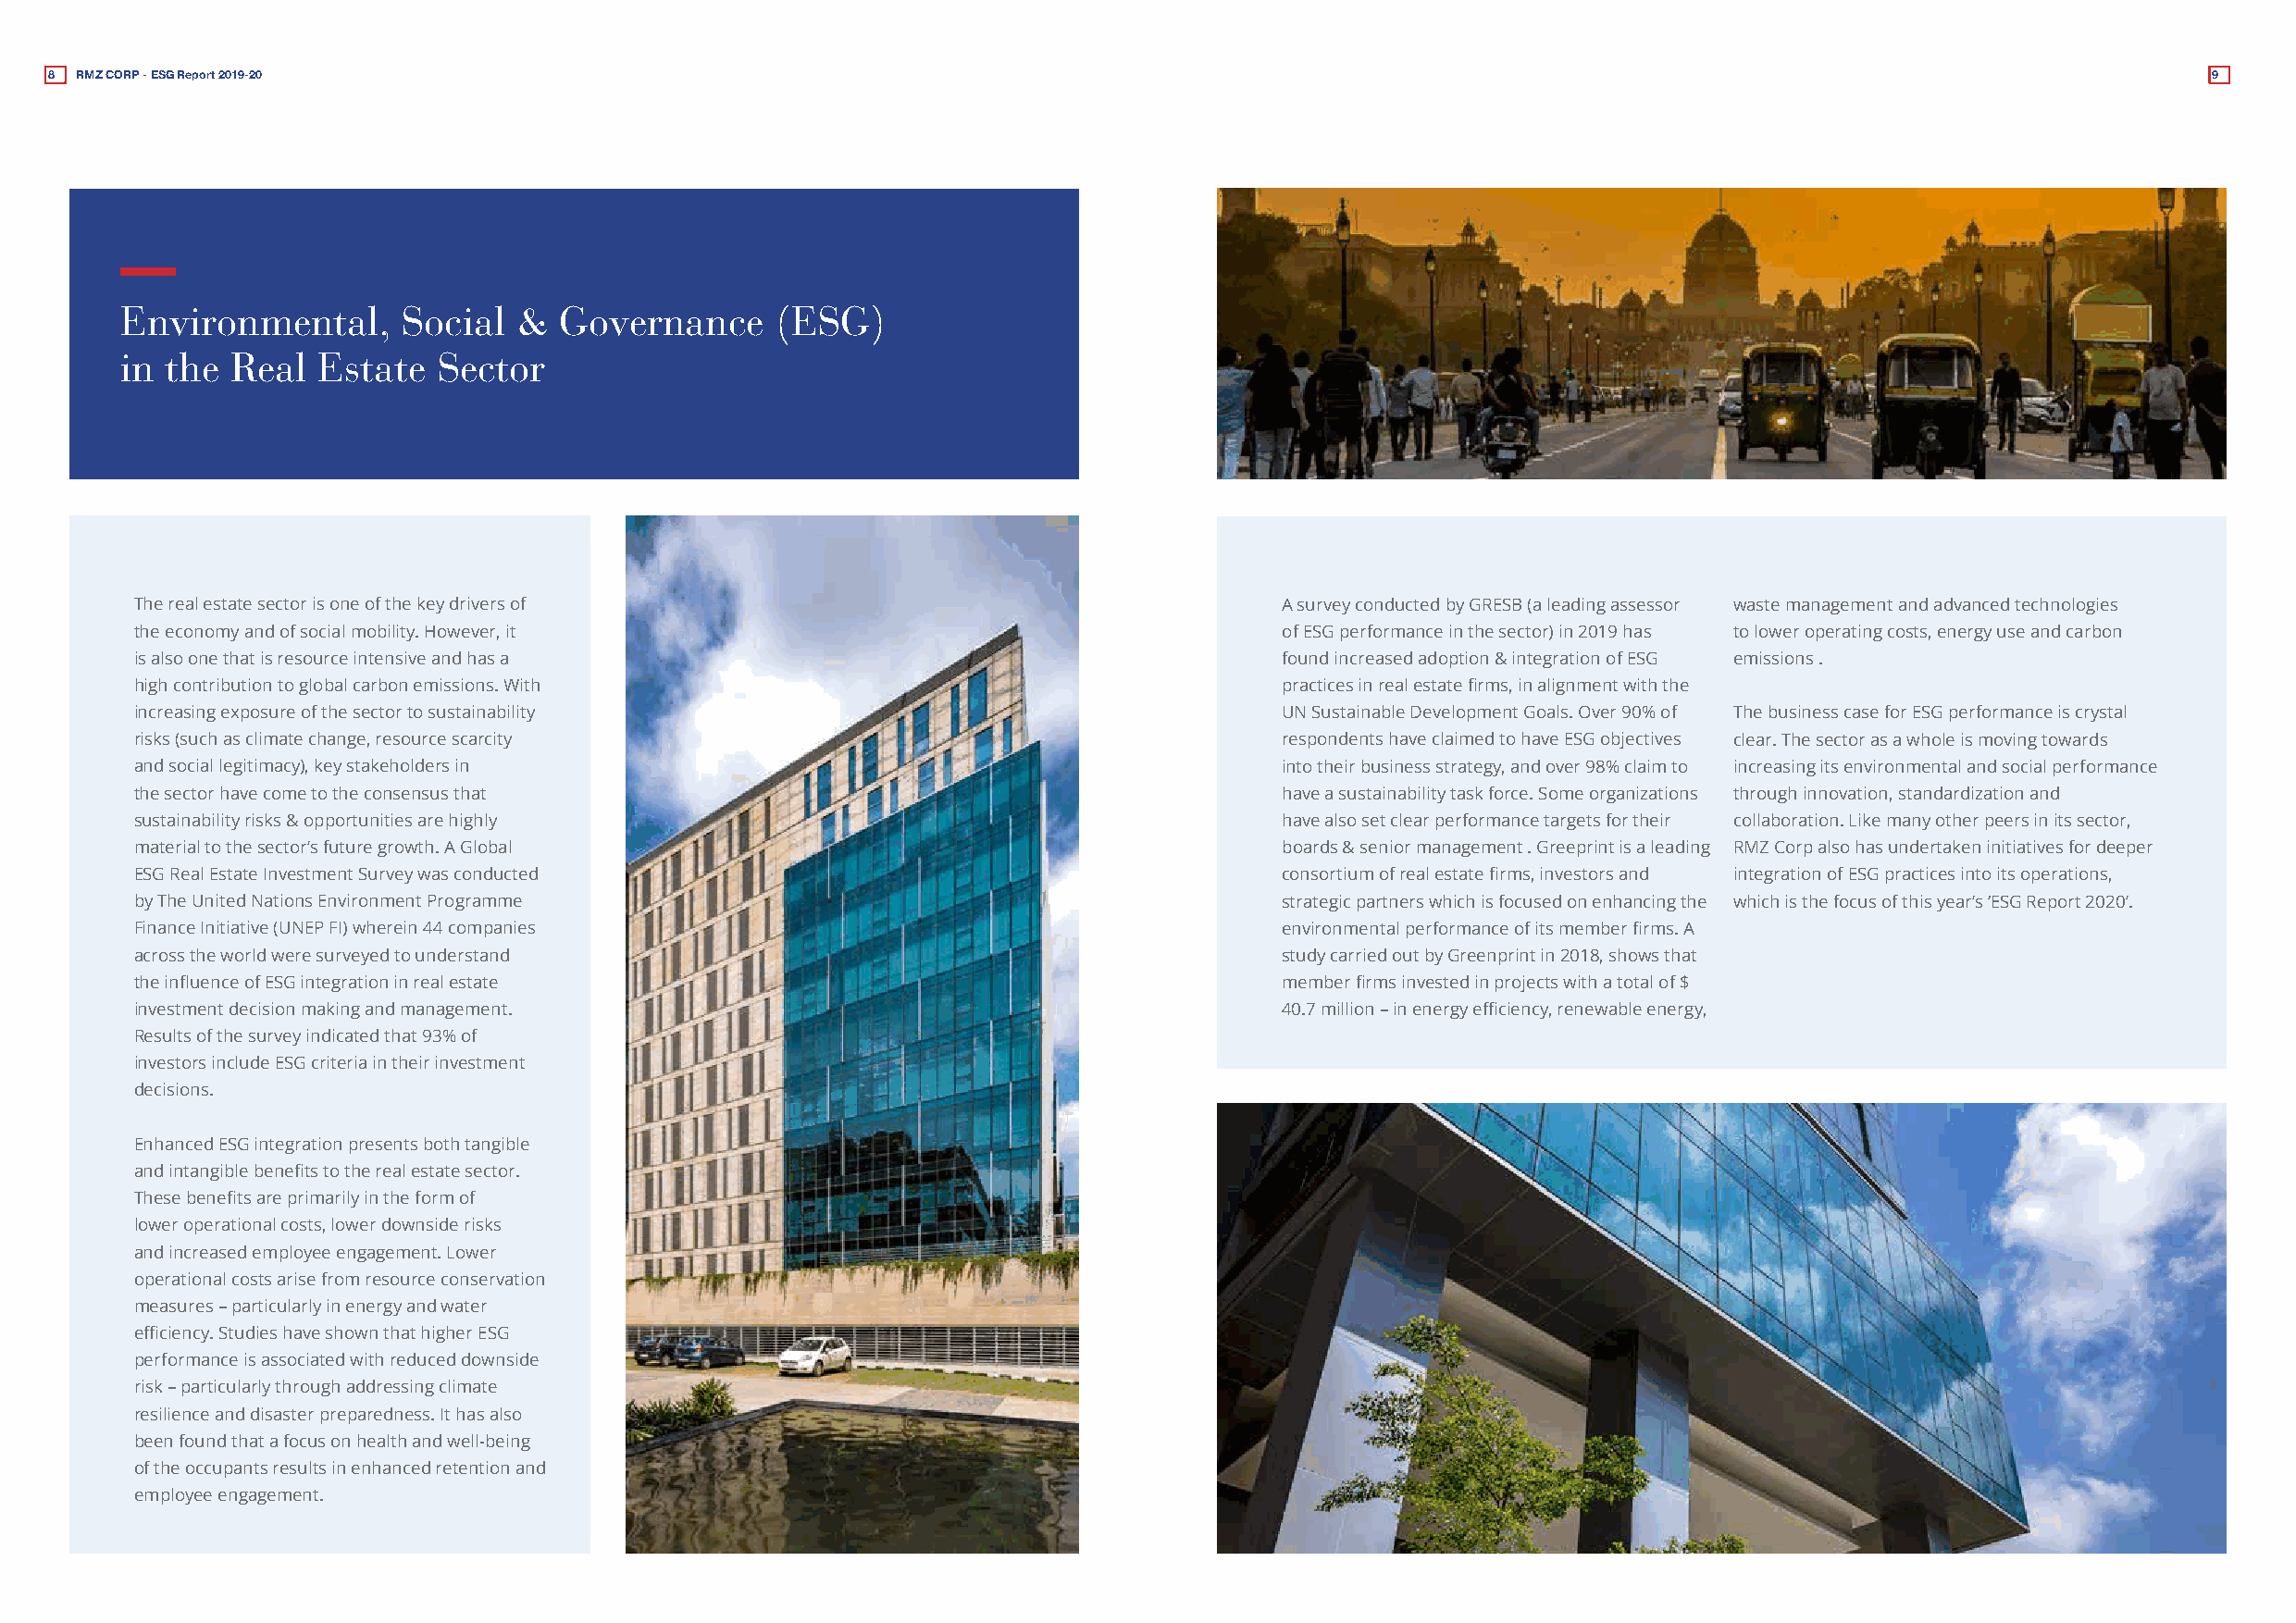
8 RMZ CORP - ESG Report 2019-20                                                                                                                            9
 Environmental,      Social  &  Governance     (ESG)
 in the Real   Estate  Sector
 The real estate sector is one of the key drivers of                               A survey conducted by GRESB (a leading assessor waste management and advanced technologies
 the economy and of social mobility. However, it                                   of ESG performance in the sector) in 2019 has to lower operating costs, energy use and carbon
 is also one that is resource intensive and has a                                  found increased adoption & integration of ESG emissions .
 high contribution to global carbon emissions. With                                practices in real estate firms, in alignment with the
 increasing exposure of the sector to sustainability                               UN Sustainable Development Goals. Over 90% of The business case for ESG performance is crystal
 risks (such as climate change, resource scarcity                                  respondents have claimed to have ESG objectives clear. The sector as a whole is moving towards
 and social legitimacy), key stakeholders in                                       into their business strategy, and over 98% claim to increasing its environmental and social performance
 the sector have come to the consensus that                                        have a sustainability task force. Some organizations through innovation, standardization and
 sustainability risks & opportunities are highly                                   have also set clear performance targets for their collaboration. Like many other peers in its sector,
 material to the sector’s future growth. A Global                                  boards & senior management . Greeprint is a leading RMZ Corp also has undertaken initiatives for deeper
 ESG Real Estate Investment Survey was conducted                                   consortium of real estate firms, investors and integration of ESG practices into its operations,
 by The United Nations Environment Programme                                       strategic partners which is focused on enhancing the which is the focus of this year’s ‘ESG Report 2020’.
 Finance Initiative (UNEP FI) wherein 44 companies                                 environmental performance of its member firms. A
 across the world were surveyed to understand                                      study carried out by Greenprint in 2018, shows that
 the influence of ESG integration in real estate                                   member firms invested in projects with a total of $
 investment decision making and management.                                        40.7 million – in energy efficiency, renewable energy,
 Results of the survey indicated that 93% of
 investors include ESG criteria in their investment
 decisions.
 Enhanced ESG integration presents both tangible
 and intangible benefits to the real estate sector.
 These benefits are primarily in the form of
 lower operational costs, lower downside risks
 and increased employee engagement. Lower
 operational costs arise from resource conservation
 measures – particularly in energy and water
 efficiency. Studies have shown that higher ESG
 performance is associated with reduced downside
 risk – particularly through addressing climate
 resilience and disaster preparedness. It has also
 been found that a focus on health and well-being
 of the occupants results in enhanced retention and
 employee engagement.